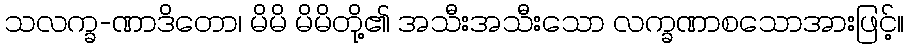
သလက္ခ-ဏာဒိတော၊ မိမိ မိမိတို့၏ အသီးအသီးသော လက္ခဏာစသောအားဖြင့်။